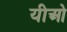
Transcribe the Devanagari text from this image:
यीओ